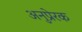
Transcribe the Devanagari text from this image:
अनुप्रेरक